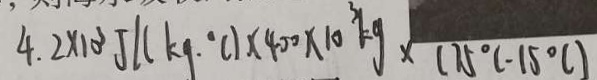
4 . 2 \times 1 0 ^ { 3 } J / ( k g . ^ { \circ } C ) \times 4 0 0 \times 1 0 ^ { 3 } k g \times ( 7 5 ^ { \circ } C - 1 5 ^ { \circ } C )